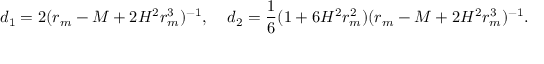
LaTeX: d _ { 1 } = 2 ( r _ { m } - M + 2 H ^ { 2 } r _ { m } ^ { 3 } ) ^ { - 1 } , \; \; \; \; d _ { 2 } = \frac { 1 } { 6 } ( 1 + 6 H ^ { 2 } r _ { m } ^ { 2 } ) ( r _ { m } - M + 2 H ^ { 2 } r _ { m } ^ { 3 } ) ^ { - 1 } .